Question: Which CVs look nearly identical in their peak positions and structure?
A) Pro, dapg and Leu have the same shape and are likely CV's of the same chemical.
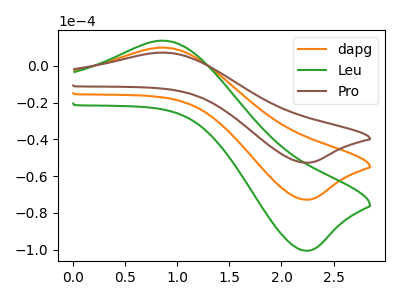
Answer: <think>The orange curve "dapg" has an anodic peak at (0.85V, 9.85uA) and a cathodic peak at (2.20V, -72.80uA). The green curve "Leu" has an anodic peak at (0.85V, 19.70uA) and a cathodic peak at (2.20V, -145.60uA). The brown curve "Pro" has an anodic peak at (0.85V, 7.15uA) and a cathodic peak at (2.20V, -52.70uA).
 All the peaks in "dapg" have a peak in "Leu" at the same potential. Every peak in "dapg" is lower than every peak in "Leu". All the peaks in "dapg" have a peak in "Pro" at the same potential. Every peak in "dapg" is higher than every peak in "Pro". All the peaks in "Leu" have a peak in "Pro" at the same potential. Every peak in "Leu" is higher than every peak in "Pro".</think>
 <answer>A) "Pro", "dapg" and "Leu" have the same shape and are likely CV's of the same chemical.</answer>
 <eval>A</eval>